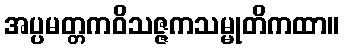
အပ္ပမတ္တကဝိသဇ္ဇကသမ္မုတိကထာ။